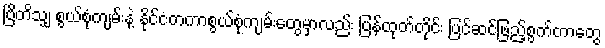
ဗြိတိသျှ စွယ်စုံကျမ်းနဲ့ နိုင်ငံတကာစွယ်စုံကျမ်းတွေမှာလည်း ပြန်ထုတ်တိုင်း ပြင်ဆင်ဖြည့်စွက်တာတွေ